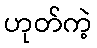
ဟုတ်ကဲ့